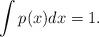
LaTeX: \begin{align*} \int{p(x)dx}=1.\end{align*}